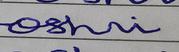
Signature authenticity: forged